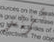
تزيد